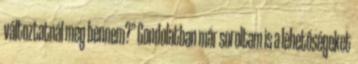
változtatnál meg bennem?” Gondolatban már soroltam is a lehetőségeket